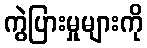
ကွဲပြားမှုများကို